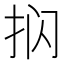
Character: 𰓔